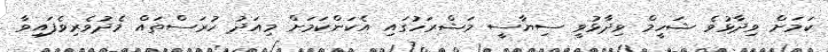
ކަމަށް ވިދާޅުވެ ޝަހީމް ވިދާޅުވީ ސިޔާސީ މަޝްރަހުގައި އެކަންކަމަށް މިއަދު ހުރަސްތައް މެދުވެރިވެފައިވާ